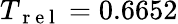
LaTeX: T_{\mathrm{~r~e~l~}}=0.6652